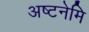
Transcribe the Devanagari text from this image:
अष्टनेमि